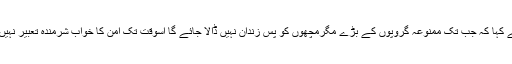
انہوں نے کہا کہ جب تک ممنوعہ گروپوں کے بڑے مگرمچھوں کو پس زندان نہیں ڈالا جائے گا اسوقت تک امن کا خواب شرمندہ تعبیر نہیں ہوسکتا۔